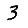
Digit: 3